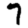
Digit: 7